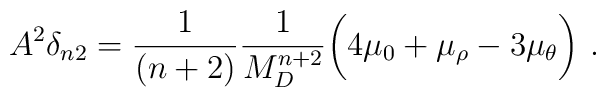
A^2 \delta_{n2} =        \frac{1}{(n+2)}\frac{1}{M_D^{n+2}}\bigg(4\mu_0+\mu_\rho     -3\mu_\theta\bigg)~.